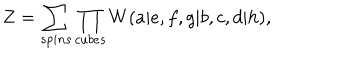
Z = \sum _ { s p i n s } \prod _ { c u b e s } W ( a | e , f , g | b , c , d | h ) ,